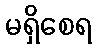
မရှိစေရ